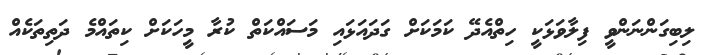
ލިބިގަންނަންވީ ފިލާވަޅަކީ ހިތްއެދޭ ކަމަކަށް ގަދައަޅައި މަސައްކަތް ކުރާ މީހަކަށް ކިތައްމެ ދަތިތަކެއް